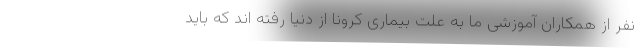
نفر از همکاران آموزشی ما به علت بیماری کرونا از دنیا رفته اند که باید